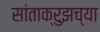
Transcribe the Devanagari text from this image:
सांताक्रुझच्या